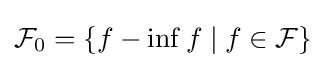
{\mathcal {F}}_{0}=\{f-\inf f\mid f\in {\mathcal {F}}\}